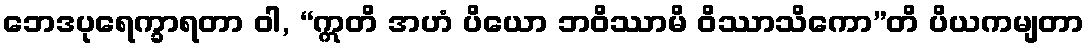
ဘေဒပုရေက္ခာရတာ ဝါ, “ဣတိ အဟံ ပိယော ဘဝိဿာမိ ဝိဿာသိကော”တိ ပိယကမျတာ